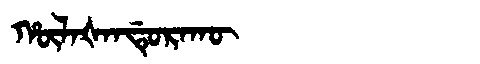
Manchu: ᡥᡡᠯᠠᡧᠠᠨᡩᡠᡵᠠᡴᡡ
Romanization: HŪLAŠANDURAKŪ